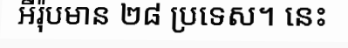
អឺរ៉ុបមាន ២៨ ប្រទេស។ នេះ